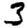
Digit: 3